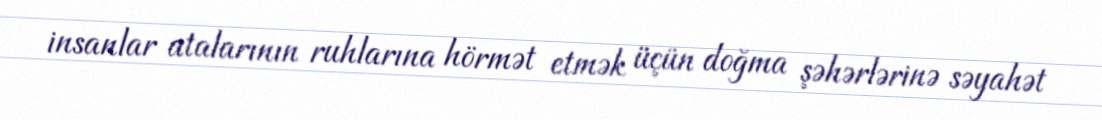
insanlar atalarının ruhlarına hörmət etmək üçün doğma şəhərlərinə səyahət